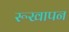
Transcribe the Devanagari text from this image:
रूखापन